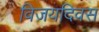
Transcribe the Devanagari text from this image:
विजयदिवस